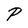
Character: P